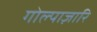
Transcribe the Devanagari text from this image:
गोल्पाज़ारि